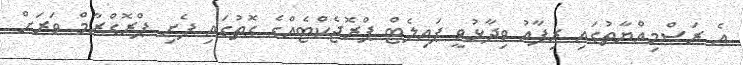
އެ ރަސްމިއްޔާތުގައި ރިފާއު ވިދާޅުވީ ޕައިލެޓް ޕްރޮޖެކްޓެއްގެ ގޮތުގައި ފެށި ޕްރޮގްރާމް ވަރަށް